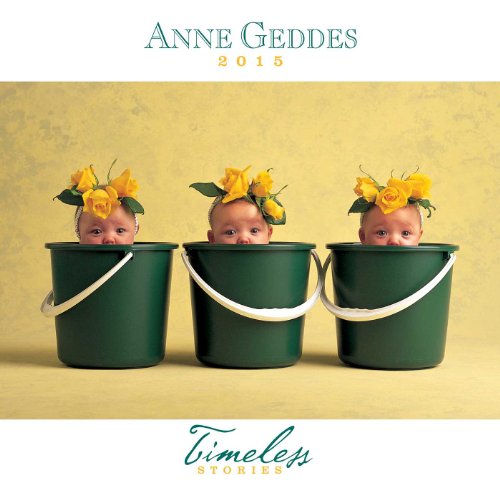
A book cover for Anne Geddes 2015 Wall Calendar: Timeless Stories; Anne Geddes; Arts & Photography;